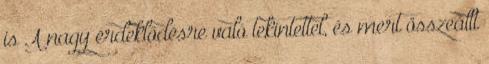
is A nagy érdeklődésre való tekintettel, és mert összeállt